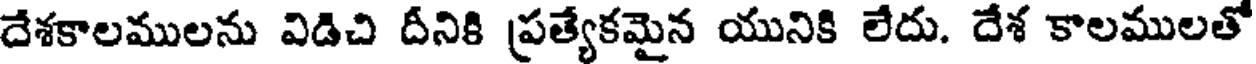
దేశకాలములను విడిచి దీనికి ప్రత్యేకమైన యునికి లేదు. దేశ కాలములతో